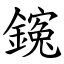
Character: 䥉